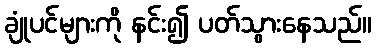
ချုံပင်များကို နင်း၍ ပတ်သွားနေသည်။